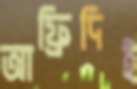
আফ্রিদিই